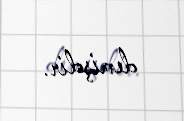
demişdir.